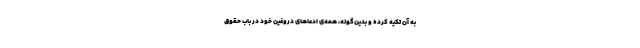
به آن تکیه کرده و بدین‌گونه، همه‌ی ادّعاهای دروغین خود در باب حقوق